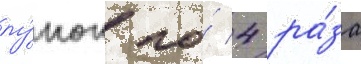
лу́нок по́ 4 ра́за